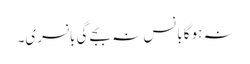
نہ ہوگا بانس نہ بجے گی بانسری۔